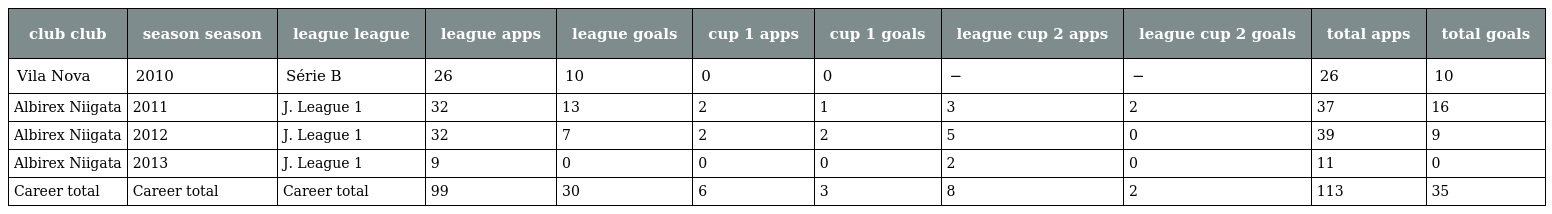
| club club | season season | league league | league apps | league goals | cup 1 apps | cup 1 goals | league cup 2 apps | league cup 2 goals | total apps | total goals |
 | --- | --- | --- | --- | --- | --- | --- | --- | --- | --- | --- |
 | Vila Nova | 2010 | Série B | 26 | 10 | 0 | 0 | − | − | 26 | 10 |
 | Albirex Niigata | 2011 | J. League 1 | 32 | 13 | 2 | 1 | 3 | 2 | 37 | 16 |
 | Albirex Niigata | 2012 | J. League 1 | 32 | 7 | 2 | 2 | 5 | 0 | 39 | 9 |
 | Albirex Niigata | 2013 | J. League 1 | 9 | 0 | 0 | 0 | 2 | 0 | 11 | 0 |
 | Career total | Career total | Career total | 99 | 30 | 6 | 3 | 8 | 2 | 113 | 35 |